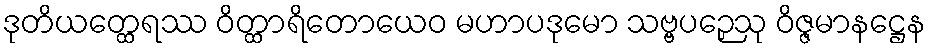
ဒုတိယတ္ထေရဿ ဝိတ္ထာရိတောယေဝ မဟာပဒုမော သဗ္ဗပဉှေသု ဝိဇ္ဇမာနဋ္ဌေန